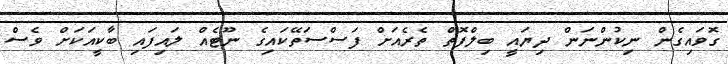
ގޮވައިގެން ނިކުންނަން ދިޔައީ ބިލްފޮތް ތެރެއަށް ފަސްސަތޭކައިގެ ނޫޓެއް ލައިފައި ބާކީއަކަށް ވެސް